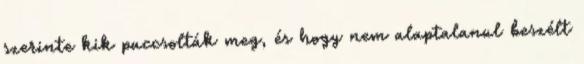
szerinte kik puccsolták meg, és hogy nem alaptalanul beszélt